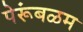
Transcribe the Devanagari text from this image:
पेरूंबळम